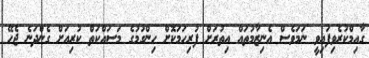
ގާއިމްކުރެވިފައިވީ ނަމަވެސް އެނިޒާމުތައް އިތުރަށް ފުރިހަމަކޮށް ހިންގުމުގެ މަސައްކަތް ކުރިއަށް ގެންދަނެ ޖެހޭ